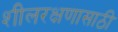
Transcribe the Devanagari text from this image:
शीलरक्षणासाठी